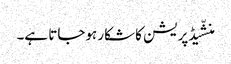
منشّیڈپریشن کا شکار ہوجاتا ہے۔